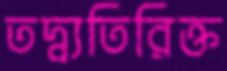
তদ্ব্যতিরিক্ত